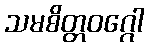
သမစိတ္တဝဂ္ဂေါ